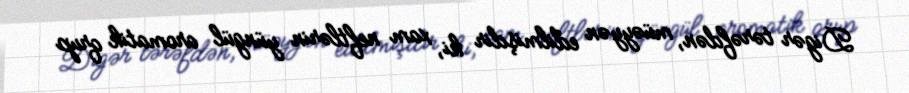
Digər tərəfdən, müəyyən edilmişdir ki, xam neftlərin yüngül aromatik qrup